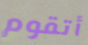
أتقوم